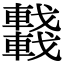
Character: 𨏖